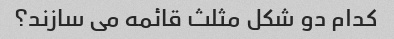
کدام دو شکل مثلث قائمه می سازند؟